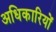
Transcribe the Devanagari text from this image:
अधिकारियोंं